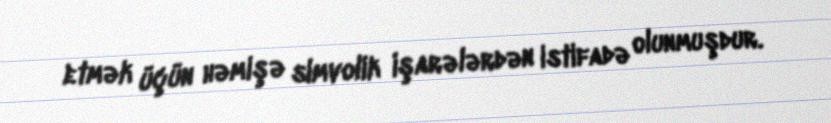
etmək üçün həmişə simvolik işarələrdən istifadə olunmuşdur.